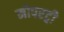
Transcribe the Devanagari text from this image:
मोपरट्वी